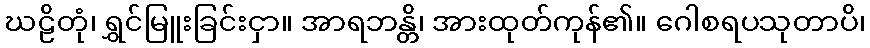
ဃဠိတုံ၊ ရွှင်မြူးခြင်းငှာ။ အာရဘန္တိ၊ အားထုတ်ကုန်၏။ ဂေါစရပသုတာပိ၊